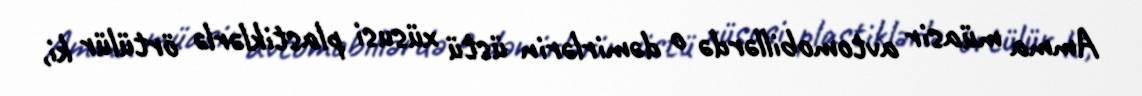
Amma müasir avtomobillərdə o dəmirlərin üstü xüsusi plastiklərlə örtülür ki,